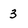
Character: 3